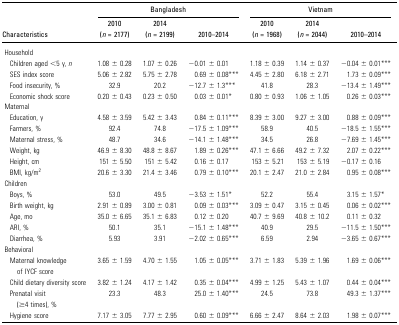
<table><thead><tr><td></td><td colspan="3"><b>Bangladesh</b></td><td colspan="3"><b>Vietnam</b></td></tr><tr><td><b>Characteristics</b></td><td><b>2010(<i>n</i> = 2177)</b></td><td><b>2014(<i>n</i> = 2199)</b></td><td><b>2010–2014</b></td><td><b>2010(<i>n</i> = 1968)</b></td><td><b>2014(<i>n</i> = 2044)</b></td><td><b>2010–2014</b></td></tr></thead><tbody><tr><td colspan="7">Household</td></tr><tr><td> Children aged &lt;5 y, <i>n</i></td><td>1.08 ± 0.28</td><td>1.07 ± 0.26</td><td>−0.01 ± 0.01</td><td>1.18 ± 0.39</td><td>1.14 ± 0.37</td><td>−0.04 ± 0.01***</td></tr><tr><td> SES index score</td><td>5.06 ± 2.82</td><td>5.75 ± 2.78</td><td>0.69 ± 0.08***</td><td>4.45 ± 2.80</td><td>6.18 ± 2.71</td><td>1.73 ± 0.09***</td></tr><tr><td> Food insecurity, %</td><td>32.9</td><td>20.2</td><td>−12.7 ± 1.3***</td><td>41.8</td><td>28.3</td><td>−13.4 ± 1.49***</td></tr><tr><td> Economic shock score</td><td>0.20 ± 0.43</td><td>0.23 ± 0.50</td><td>0.03 ± 0.01*</td><td>0.80 ± 0.93</td><td>1.06 ± 1.05</td><td>0.26 ± 0.03***</td></tr><tr><td colspan="7">Maternal</td></tr><tr><td> Education, y</td><td>4.58 ± 3.59</td><td>5.42 ± 3.43</td><td>0.84 ± 0.11***</td><td>8.39 ± 3.00</td><td>9.27 ± 3.00</td><td>0.88 ± 0.09***</td></tr><tr><td> Farmers, %</td><td>92.4</td><td>74.8</td><td>−17.5 ± 1.09***</td><td>58.9</td><td>40.5</td><td>−18.5 ± 1.55***</td></tr><tr><td> Maternal stress, %</td><td>48.7</td><td>34.6</td><td>−14.1 ± 1.48***</td><td>34.5</td><td>26.8</td><td>−7.69 ± 1.45***</td></tr><tr><td> Weight, kg</td><td>46.9 ± 8.30</td><td>48.8 ± 8.67</td><td>1.89 ± 0.26***</td><td>47.1 ± 6.66</td><td>49.2 ± 7.32</td><td>2.07 ± 0.22***</td></tr><tr><td> Height, cm</td><td>151 ± 5.50</td><td>151 ± 5.42</td><td>0.16 ± 0.17</td><td>153 ± 5.21</td><td>153 ± 5.19</td><td>−0.17 ± 0.16</td></tr><tr><td> BMI, kg/m<sup>2</sup></td><td>20.6 ± 3.30</td><td>21.4 ± 3.46</td><td>0.79 ± 0.10***</td><td>20.1 ± 2.47</td><td>21.0 ± 2.84</td><td>0.95 ± 0.08***</td></tr><tr><td colspan="7">Children</td></tr><tr><td> Boys, %</td><td>53.0</td><td>49.5</td><td>−3.53 ± 1.51*</td><td>52.2</td><td>55.4</td><td>3.15 ± 1.57*</td></tr><tr><td> Birth weight, kg</td><td>2.91 ± 0.89</td><td>3.00 ± 0.81</td><td>0.09 ± 0.03***</td><td>3.09 ± 0.47</td><td>3.15 ± 0.45</td><td>0.06 ± 0.02***</td></tr><tr><td> Age, mo</td><td>35.0 ± 6.65</td><td>35.1 ± 6.83</td><td>0.12 ± 0.20</td><td>40.7 ± 9.69</td><td>40.8 ± 10.2</td><td>0.11 ± 0.32</td></tr><tr><td> ARI, %</td><td>50.1</td><td>35.1</td><td>−15.1 ± 1.48***</td><td>40.9</td><td>29.5</td><td>−11.5 ± 1.50***</td></tr><tr><td> Diarrhea, %</td><td>5.93</td><td>3.91</td><td>−2.02 ± 0.65***</td><td>6.59</td><td>2.94</td><td>−3.65 ± 0.67***</td></tr><tr><td colspan="7">Behavioral</td></tr><tr><td> Maternal knowledge of IYCF score</td><td>3.65 ± 1.59</td><td>4.70 ± 1.55</td><td>1.05 ± 0.05***</td><td>3.71 ± 1.83</td><td>5.39 ± 1.96</td><td>1.69 ± 0.06***</td></tr><tr><td> Child dietary diversity score</td><td>3.82 ± 1.24</td><td>4.17 ± 1.42</td><td>0.35 ± 0.04***</td><td>4.99 ± 1.25</td><td>5.43 ± 1.07</td><td>0.44 ± 0.04***</td></tr><tr><td> Prenatal visit (≥4 times), %</td><td>23.3</td><td>48.3</td><td>25.0 ± 1.40***</td><td>24.5</td><td>73.8</td><td>49.3 ± 1.37***</td></tr><tr><td> Hygiene score</td><td>7.17 ± 3.05</td><td>7.77 ± 2.95</td><td>0.60 ± 0.09***</td><td>6.66 ± 2.47</td><td>8.64 ± 2.03</td><td>1.98 ± 0.07***</td></tr></tbody></table>